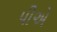
પીએ